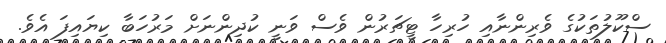
ސްކޫލުތަކުގެ ވެރިންނާއި ހުރިހާ ޓީޗަރުން ވެސް ވަނީ ކުދިންނަށް މަރުހަބާ ކިޔައިފަ އެވެ.